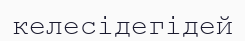
келесідегідей